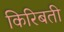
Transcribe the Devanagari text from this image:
किरिबती